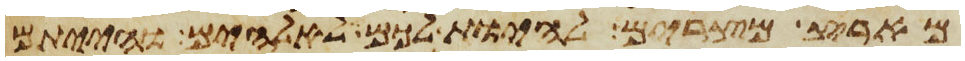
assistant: מארץ מצרים להיות לכם לאלהים והייתם